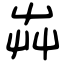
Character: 芔